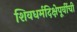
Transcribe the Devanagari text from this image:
शिवधर्मदिक्षेपूर्वीची